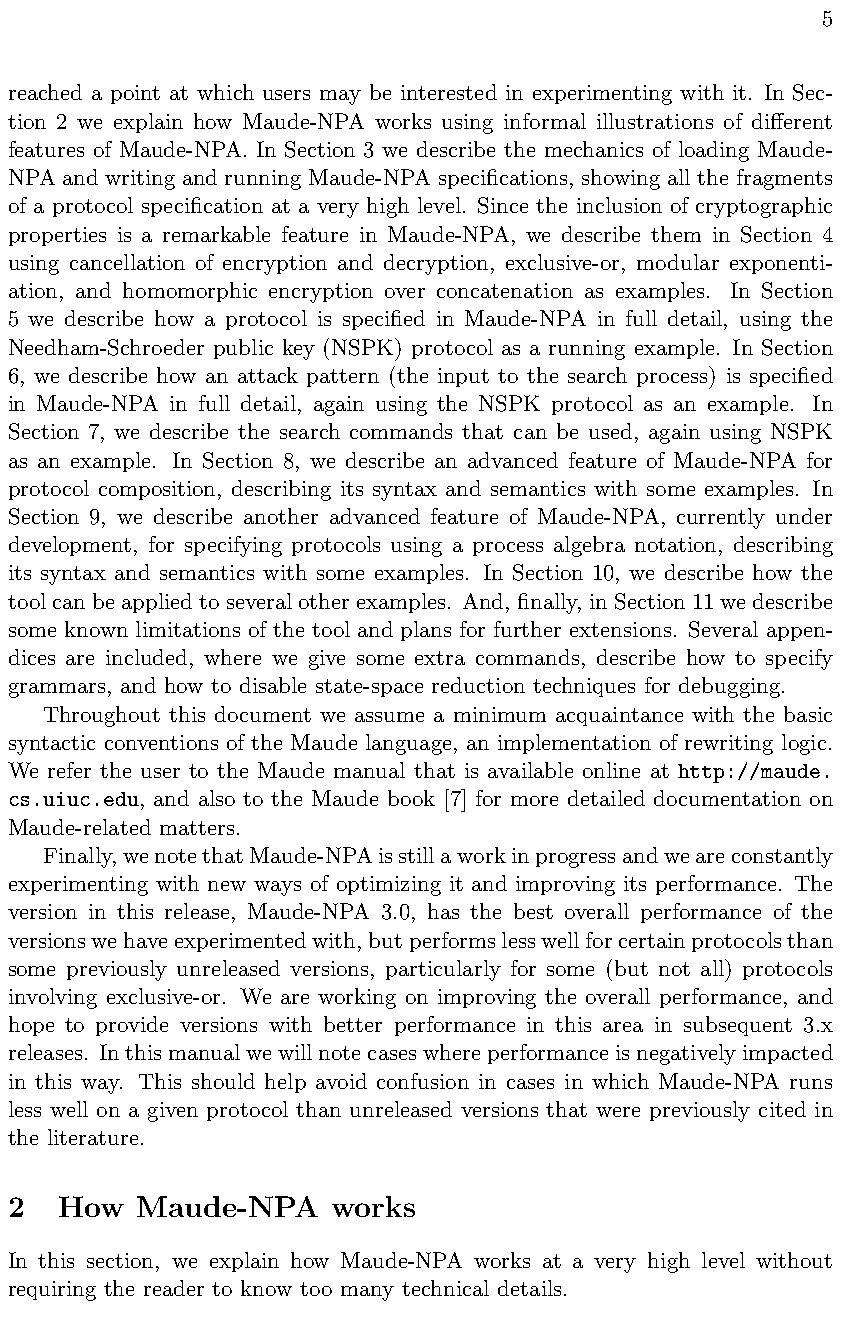
5
 reached a point at which users may be interested in experimenting with it. In Sec-
 tion 2 we explain how Maude-NPA works using informal illustrations of di↵erent
 features of Maude-NPA. In Section 3 we describe the mechanics of loading Maude-
 NPA and writing and running Maude-NPA specifications, showing all the fragments
 of a protocol specification at a very high level. Since the inclusion of cryptographic
 properties is a remarkable feature in Maude-NPA, we describe them in Section 4
 using cancellation of encryption and decryption, exclusive-or, modular exponenti-
 ation, and homomorphic encryption over concatenation as examples. In Section
 5 we describe how a protocol is specified in Maude-NPA in full detail, using the
 Needham-Schroeder public key (NSPK) protocol as a running example. In Section
 6, we describe how an attack pattern (the input to the search process) is specified
 in Maude-NPA in full detail, again using the NSPK protocol as an example. In
 Section 7, we describe the search commands that can be used, again using NSPK
 as an example. In Section 8, we describe an advanced feature of Maude-NPA for
 protocol composition, describing its syntax and semantics with some examples. In
 Section 9, we describe another advanced feature of Maude-NPA, currently under
 development, for specifying protocols using a process algebra notation, describing
 its syntax and semantics with some examples. In Section 10, we describe how the
 toolcanbeappliedtoseveralotherexamples. And, finally, inSection11wedescribe
 some known limitations of the tool and plans for further extensions. Several appen-
 dices are included, where we give some extra commands, describe how to specify
 grammars, and how to disable state-space reduction techniques for debugging.
 Throughout this document we assume a minimum acquaintance with the basic
 syntactic conventions of the Maude language, an implementation of rewriting logic.
 We refer the user to the Maude manual that is available online at http://maude.
 cs.uiuc.edu, and also to the Maude book [7] for more detailed documentation on
 Maude-related matters.
 Finally,wenotethatMaude-NPAisstillaworkinprogressandweareconstantly
 experimenting with new ways of optimizing it and improving its performance. The
 version in this release, Maude-NPA 3.0, has the best overall performance of the
 versionswehaveexperimentedwith,butperformslesswellforcertainprotocolsthan
 some previously unreleased versions, particularly for some (but not all) protocols
 involving exclusive-or. We are working on improving the overall performance, and
 hope to provide versions with better performance in this area in subsequent 3.x
 releases. Inthismanualwewillnotecaseswhereperformanceisnegativelyimpacted
 in this way. This should help avoid confusion in cases in which Maude-NPA runs
 less well on a given protocol than unreleased versions that were previously cited in
 the literature.
 2   How  Maude-NPA    works
 In this section, we explain how Maude-NPA works at a very high level without
 requiring the reader to know too many technical details.